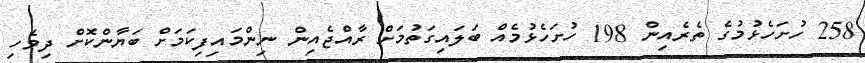
258 ހުށަހެޅުމުގެ ތެރެއިން 198 ހުށަހެޅުމެއް ބަލައިގަތުމަށް ރާއްޖެއިން ނިންމައިފިކަމަށް ބަޔާންކޮށް ދިވެހި